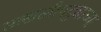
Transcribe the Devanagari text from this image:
साखळीपट्ट्याच्या